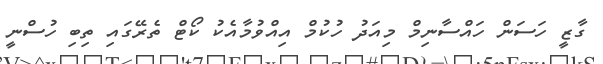
ގާޒީ ހަސަން ހައްސާނިމް މިއަދު ހުކުމް އިއްވުމާއެކު ކޯޓް ތެރޭގައި ތިބި ހުސްނީ